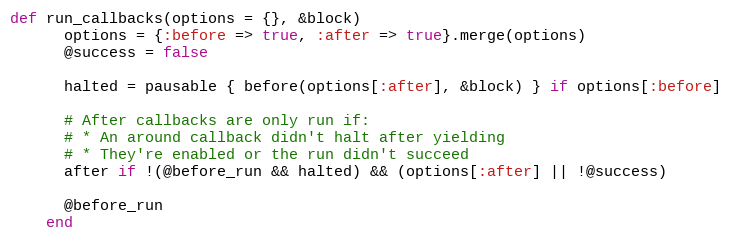
Language: Ruby
def run_callbacks(options = {}, &block)
      options = {:before => true, :after => true}.merge(options)
      @success = false

      halted = pausable { before(options[:after], &block) } if options[:before]

      # After callbacks are only run if:
      # * An around callback didn't halt after yielding
      # * They're enabled or the run didn't succeed
      after if !(@before_run && halted) && (options[:after] || !@success)

      @before_run
    end